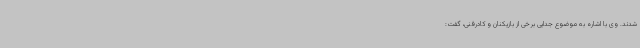
شدند. وی با اشاره به موضوع جدایی برخی از بازیکنان و کادرفنی، گفت: